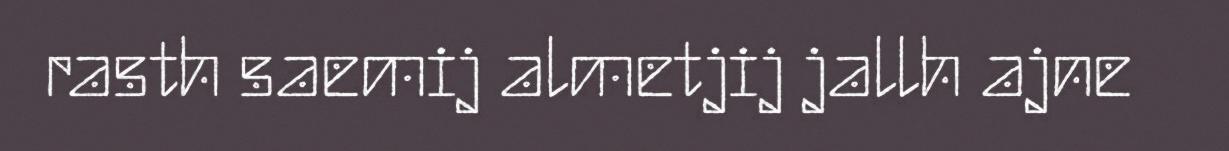
rasth saemij almetjij jallh ajne